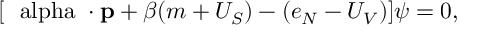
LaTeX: [ { \mathrm { ~ \boldmath { \ a l p h a } ~ } } \cdot { \bf p } + \beta ( m + U _ { S } ) - ( e _ { N } - U _ { V } ) ] \psi = 0 ,